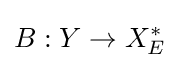
B:Y\to X_{E}^{*}